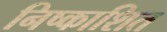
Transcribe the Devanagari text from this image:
निष्काशित